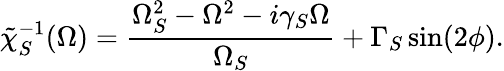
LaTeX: \tilde{\chi}_{S}^{-1}(\Omega)=\frac{\Omega_{S}^{2}-\Omega^{2}-i\gamma_{S}\Omega}{\Omega_{S}}+\Gamma_{S}\sin(2\phi).